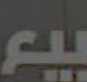
بيع